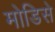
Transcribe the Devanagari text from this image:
मोडिसे